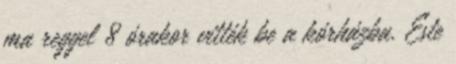
ma reggel 8 órakor vitték be a kórházba. Este